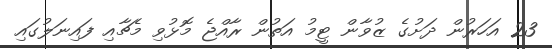
23 އަހަރުން ދަށުގެ ޒުވާން ޓީމު އަތުން ރާއްޖެ މޮޅުވި މެޗާއި ފައިނަލުގައި